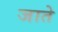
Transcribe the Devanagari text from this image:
जातेे